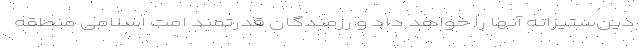
دین‌ستیزانه آنها را خواهد داد و رزمندگان قدرتمند امت اسلامی منطقه‌